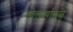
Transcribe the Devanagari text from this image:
डोलार्यामुळे